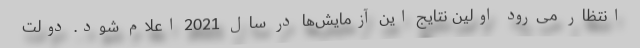
انتظار می‌رود اولین نتایج این آزمایش‌ها در سال 2021 اعلام شود. دولت